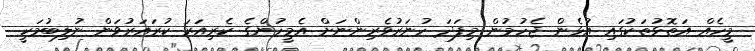
މީހެއް އަތޮޅުތަކުގައި އުޅެން ޖެހުމުން މިފަދަ ހުނަރުވެރިންނަށް އެމީހުންގެ ކެރިއަރަ ކުރައަރުވަން ނުލިބުމަކީ